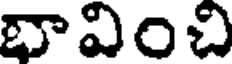
భావించి